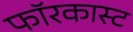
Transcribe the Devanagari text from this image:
फॉरकास्ट